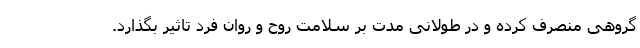
گروهی منصرف کرده و در طولانی مدت بر سلامت روح و روان فرد تاثیر بگذارد.